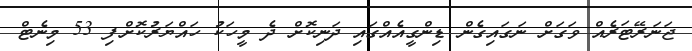
ޖަނަރޭޓަރެއް ވަގަށް ނަގައިގެން ޑިންގީއެއްގައި ދަނިކޮށް ދެ މީހަކު ހައްޔަރުކޮށްފި 53 މިނެޓް